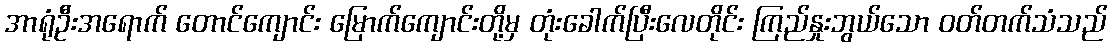
အာရုံဦးအရောက် တောင်ကျောင်း မြောက်ကျောင်းတို့မှ တုံးခေါက်ပြီးလေတိုင်း ကြည်နှုးဘွယ်သော ဝတ်တက်သံသည်